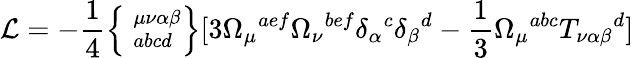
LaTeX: {\cal L}=-\frac{1}{4}\left\{ \phantom{|}_{abcd}^{\mu\nu\alpha\beta}\right\} [3\Omega_{\mu}{}^{aef}\Omega_{\nu}{}^{bef}\delta_{\alpha}{}^{c}\delta_{\beta}{}^{d}-\frac{1}{3}\Omega_{\mu}{}^{abc}T_{\nu\alpha\beta}{}^{d}]